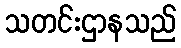
သတင်းဌာနသည်